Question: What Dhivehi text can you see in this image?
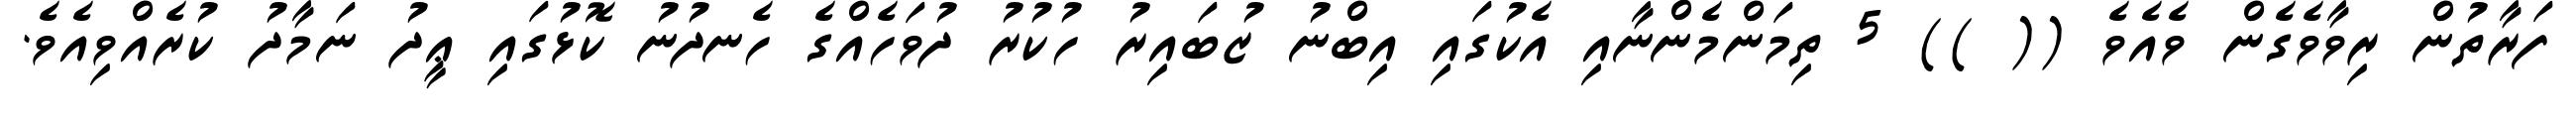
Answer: ފަރާތުން ރިވާވެގެން ވެއެވެ (( )) 5 ތިމަންމެންނާއި އެކުގައި އިބްނު ޒުބައިރު ހުކުރު ދުވަހެއްގެ ހެނދުނު ކޮޅުގައި ޢީދު ނަމާދު ކުރެއްވިއެވެ.